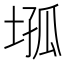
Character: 𡍢